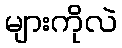
များကိုလဲ